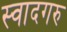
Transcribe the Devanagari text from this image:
स्वादगरु